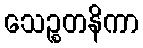
သေဉ္စတနိကာ